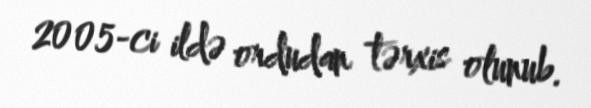
2005-ci ildə ordudan tərxis olunub.